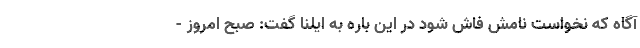
آگاه که نخواست نامش فاش شود در این باره به ایلنا گفت: صبح امروز -